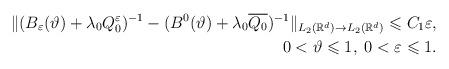
LaTeX: \begin{align*}\Vert (B_\varepsilon (\vartheta )+\lambda_0 Q_0^\varepsilon )^{-1}-(B^0(\vartheta)+\lambda_0 \overline{Q_0})^{-1}\Vert _{L_2(\mathbb{R}^d)\rightarrow L_2(\mathbb{R}^d)}\leqslant C_1\varepsilon ,\\0 < \vartheta \leqslant 1,\;0<\varepsilon \leqslant 1.\end{align*}